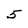
Character: 5